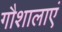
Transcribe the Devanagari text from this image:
गौशालाएं